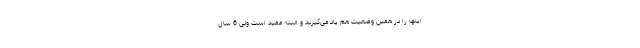
اینها را در همین وضعیت هم یاد می‌گیرند و البته مفید است ولی 6 سال